Vaccination in Burma 1889-1999 - 1889-1999
Year: 1889
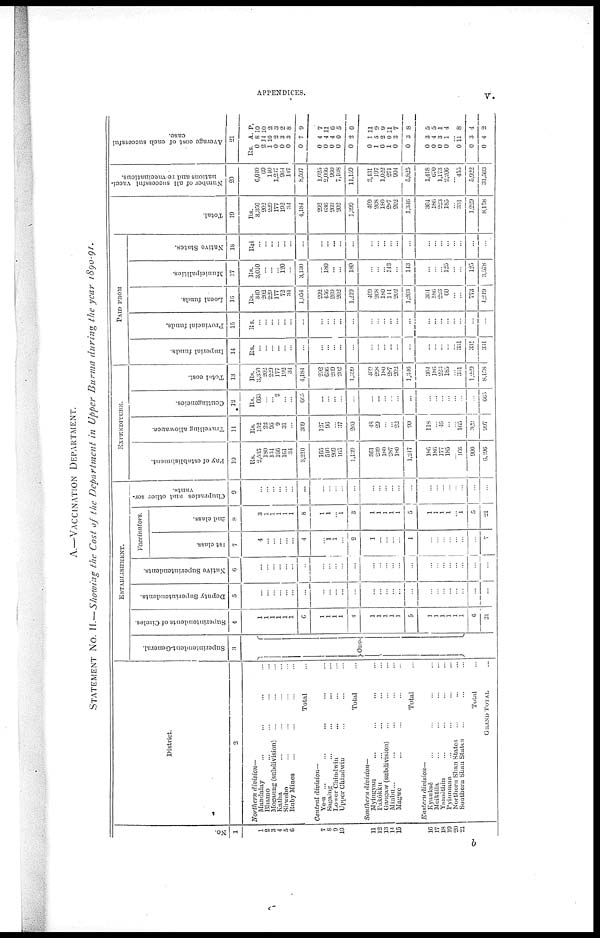
APPENDICES.
v.
A.—VACCINATION DEPARTMENT.
STATEMENT No. II. — Showing the Cost of the Department in Upper Burma during the year 1890-91.
No.
1
1
2
3
4
5
6
7
8
9
10
11
12
13
14
15
16
17
18
19
20
21
District.
2
Northern
division—
Mandalay ... ... ...
Bhamo ... ... ...
Mogaung (subdivision) ... ... ...
Katha ... ... ...
Shwebo ... ... ...
Ruby Mines ... ... ...
Total ... ... ...
Central
division—
Ye-u ...
Sagaing ...
Lower Chindwin ...
Upper Chindwin ...
Total ...
Southern
division—
Myingyan ... ... ...
Pakôkku ... ... ...
Gangaw (subdivision) ... ... ...
Minbu... ... ...
Magwe ... ... ...
Total ...
Eastern
division—
Kyauksè ... ... ...
Meiktila ... ... ...
Yamèthin ... ... ...
Pyinmana ... ... ...
Northern Shan States ...
Southern Shan States ...
Total ...
GRAND TOTAL ...
ESTABLISHMENT.
Superintendent-General.
3
One
Superintendents of Circles.
4
1
1
1
1
1
1
6
1
1
1
1
4
1
1
1
1
1
5
1
1
1
1
1
1
6
21
Deputy Superintendents.
5
...
...
...
...
...
...
...
...
...
...
...
...
...
...
...
...
...
...
...
...
...
...
...
...
...
...
Native Superintendents.
6
...
...
...
...
...
...
...
...
...
...
...
...
...
...
...
...
...
...
...
...
...
...
...
...
...
...
Vaccinators.
1st class.
7
4
...
...
...
...
...
4
...
1 1
...
2
1
...
...
...
...
1
...
...
...
...
...
...
...
7
2nd class.
8
3
1 ...
...
...
...
8
1
1
...
1
3
1
1
1
1
1
5
1
1
1
1
...
1
5
21
Chuprasies and other ser-
vants.
9
...
...
...
...
...
...
...
...
...
...
...
...
...
...
...
...
...
...
...
...
...
...
...
...
...
...
EXPENDITURE.
Pay of establishment.
10
Rs.
2,535
180
134
166
161
34
3,210
165
540
269
165
1,139
361
239
180
287
180
1,217
186
186
177
185
...
166
900
6,196
Travelling allowance.
11
Rs.
152
22
95
9
31
...
309
127
96
...
37
260
48
29
...
...
22
99
118
...
.46
...
...
105
329
997
Contingencies.
12
Rs.
663
...
... 2
...
...
665
...
...
...
...
...
...
...
...
...
...
...
...
...
...
...
...
...
...
665
Total cost.
13
Rs.
3,350
202
229
177
192
34
4,184
292
636
269
202
1,399
409
268
180
287
202
1,346
304
186
223
185
...
331
1,229
8,158
PAID FROM
Imperial funds.
14
Rs.
...
...
...
...
...
...
...
...
...
...
...
...
...
...
...
...
...
...
...
...
...
...
...
331
331
331
Provincial funds.
15
Rs.
...
...
...
...
...
...
...
...
...
...
...
...
...
...
...
...
...
...
...
...
...
...
...
...
...
...
Local funds.
16
Rs.
340
202
229
177
72
34
1,054
292
456
209
202
1,219
409
268
180
144
202
1,203
304
186
223
60
...
...
773
4,219
Municipalities.
17
Rs.
3,010
...
...
...
120
...
3,130
...
180
...
...
180
...
...
...
143
...
143
...
...
...
125
...
...
125
3,578
Native States.
18
Rsi
...
...
...
...
...
...
...
...
...
...
...
...
...
...
...
...
...
...
...
...
...
...
...
...
...
...
Total.
19
Rs.
3,350
202
229
177
192
34
4,184
292
636
209
202
1,399
409
268
180
287
202
1,340
304
186
223
185
...
331
1,229
8,158
Number of all successful vacci-
nations and re-vaccinations.
20
6,040
69
140
1,237
964
147
8,597
1,025
2,066
960
7,108
11,159
3,431
197
1,022
271
904
5,825
1,418
670
1,173
2,206
...
455
5,922
31,503
Average cost of each successful
case.
21
Rs.
0
2
1
0
0
0
0
0
0
0
0
0
0
1
0
1
0
0
0
0
0
0
...
0
0
0
A.
8
14
10
2
3
3
7
4
4
4
0
2
1
5
2
0
3
3
3
4
3
1
...
11
3
4
P.
10
10
2
3
2
8
9
7
11
6
5
0
11
9
9
11
7
8
5
5
1
4
...
8
4
2
b